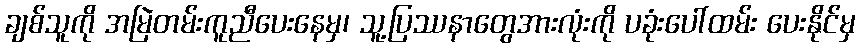
ချစ်သူကို အမြဲတမ်းကူညီပေးနေမှ၊ သူ့ပြဿနာတွေအားလုံးကို ပခုံးပေါ်ထမ်း ပေးနိုင်မှ